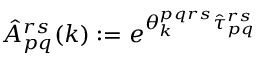
\hat { A } _ { p q } ^ { r s } ( k ) : = e ^ { \theta _ { k } ^ { p q r s } \hat { \tau } _ { p q } ^ { r s } }